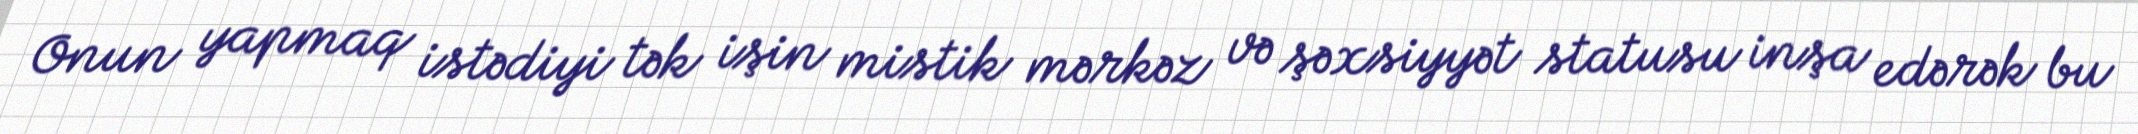
Onun yapmaq istədiyi tək işin mistik mərkəz və şəxsiyyət statusu inşa edərək bu